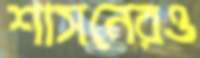
শাসনেরও